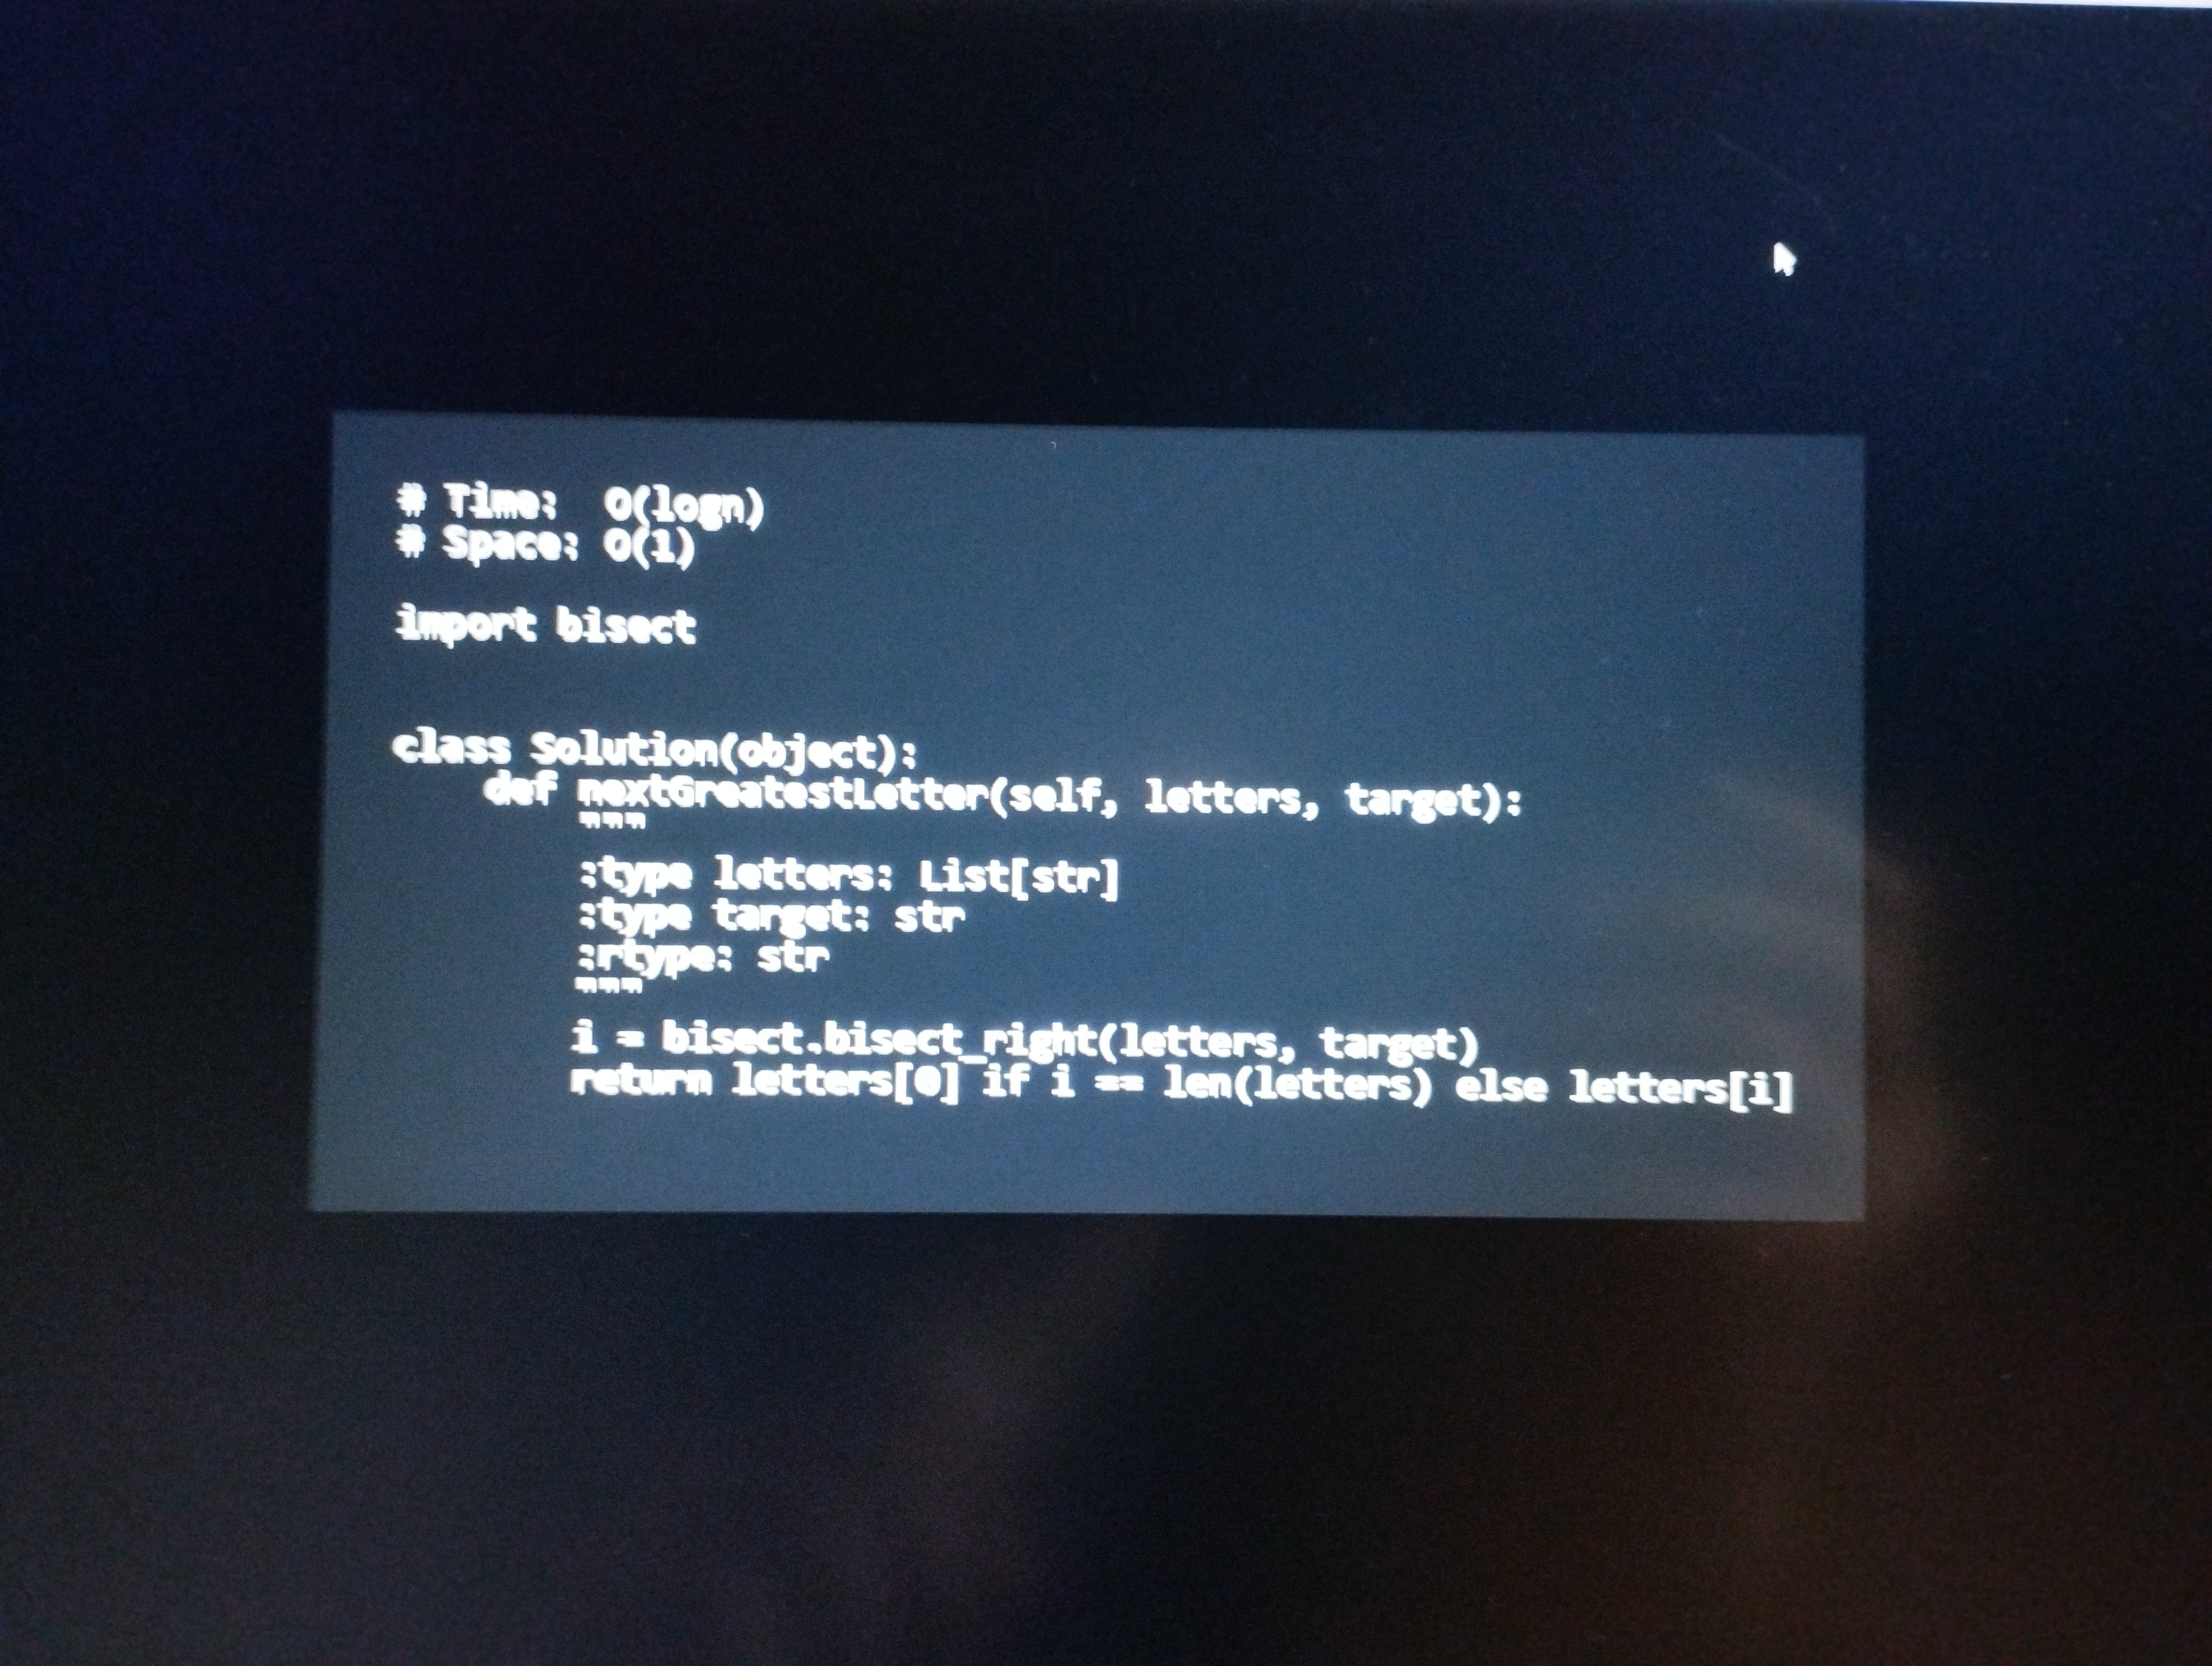
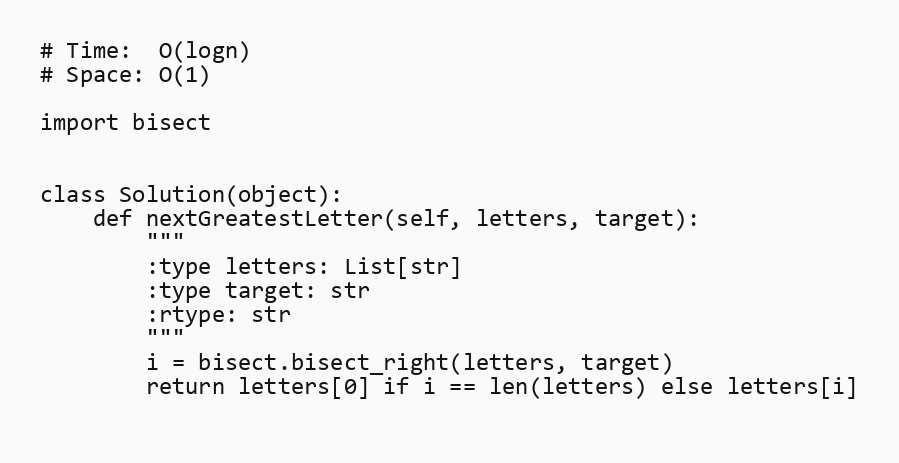
# Time:  O(logn)
# Space: O(1)

import bisect

class Solution(object):
    def nextGreatestLetter(self, letters, target):
        """
        :type letters: List[str]
        :type target: str
        :rtype: str
        """
        i = bisect.bisect_right(letters, target)
        return letters[0] if i == len(letters) else letters[i]